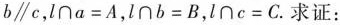
b\parallel c，$$l \cap a = A$$，$$l \cap b = B$$，$$l \cap c = C$$.求证：